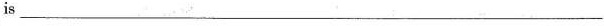
is ___